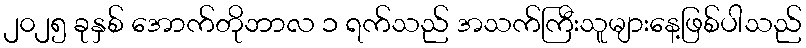
၂၀၂၅ ခုနှစ် အောက်တိုဘာလ ၁ ရက်သည် အသက်ကြီးသူများနေ့ဖြစ်ပါသည်